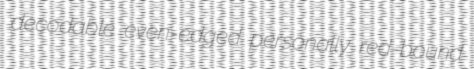
decodable even-edged personally red-bound